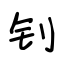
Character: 钊